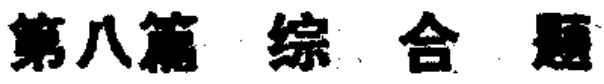
第八篇 综合题